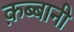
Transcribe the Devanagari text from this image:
क़ब्बानी